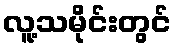
လူ့သမိုင်းတွင်